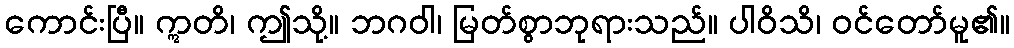
ကောင်းပြီ။ ဣတိ၊ ဤသို့။ ဘဂဝါ၊ မြတ်စွာဘုရားသည်။ ပါဝိသိ၊ ဝင်တော်မူ၏။